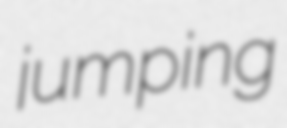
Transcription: jumping